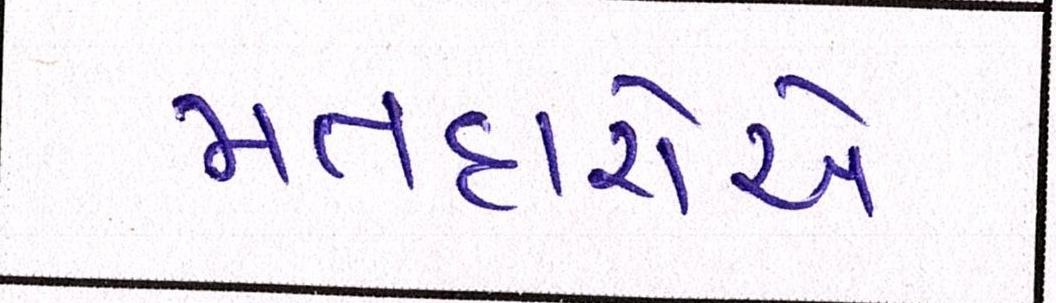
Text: મતદારોએ